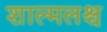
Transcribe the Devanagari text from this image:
शाल्मलश्च